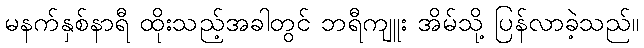
မနက်နှစ်နာရီ ထိုးသည့်အခါတွင် ဘရီကျူး အိမ်သို့ ပြန်လာခဲ့သည်။